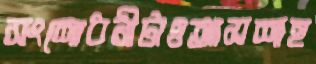
সংশোধনীটাওআসশাহ